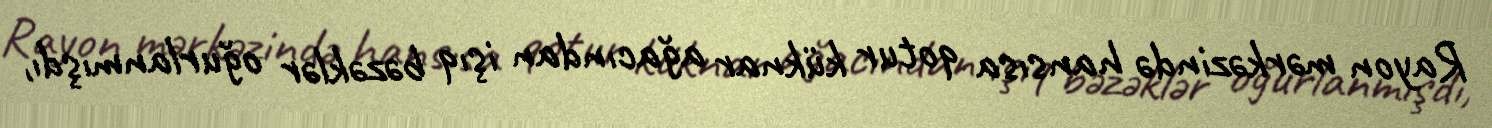
Rayon mərkəzində hansısa qotur küknar ağacından işıq bəzəklər oğurlanmışdı,